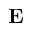
\mathbf { E }